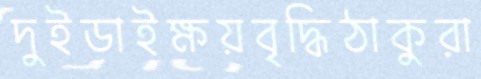
দুইডাইক্ষয়বৃদ্ধিঠাকুরা